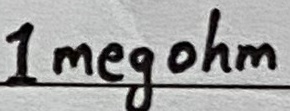
Text: 1 megohm